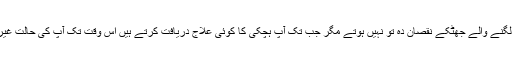
آپ کے پردہ شکم کو لگنے والے جھٹکے نقصان دہ تو نہیں ہوتے مگر جب تک آپ ہچکی کا کوئی علاج دریافت کرتے ہیں اس وقت تک آپ کی حالت غیر ضرور ہو جاتی ہے۔